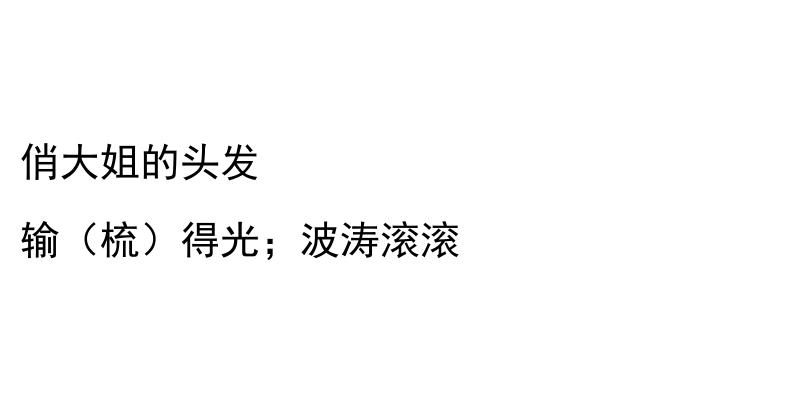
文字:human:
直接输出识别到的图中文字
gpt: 俏大姐的头发 输（梳）得光；波涛滚滚